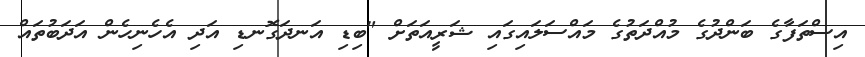
އިސްތަފާގެ ބަންދުގެ މުއްދަތުގެ މައްސަލައިގައި ޝަރީއަތަށް "ބިޑި އަނދަގޮނޑި އަދި އެހެނިހެން އަދަބުތައް